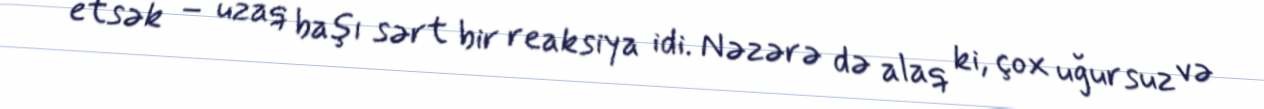
etsək – uzaq başı sərt bir reaksiya idi. Nəzərə də alaq ki, çox uğursuz və